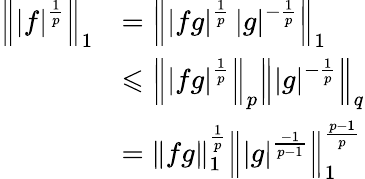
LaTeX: {\begin{array}{rl}{\left\| |f|^{\frac{1}{p}}\right\| _{1}}&{=\left\| |fg|^{\frac{1}{p}}\, |g|^{-{\frac{1}{p}}}\right\| _{1}}\\ &{\leqslant\left\| |fg|^{\frac{1}{p}}\right\| _{p}\left\| |g|^{-{\frac{1}{p}}}\right\| _{q}}\\ &{=\| fg\| _{1}^{\frac{1}{p}}\left\| |g|^{\frac{-1}{p-1}}\right\| _{1}^{\frac{p-1}{p}}}\end{array}}